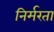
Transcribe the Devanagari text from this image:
निर्मरता